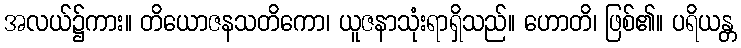
အလယ်၌ကား။ တိယောဇနသတိကော၊ ယူဇနာသုံးရာရှိသည်။ ဟောတိ၊ ဖြစ်၏။ ပရိယန္တ